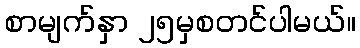
စာမျက်နှာ ၂၅မှစတင်ပါမယ်။